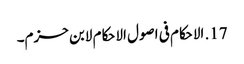
17. الاحکام فی اصول الاحکام لابن حزم۔